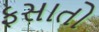
ફસાતો